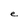
Character: e